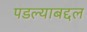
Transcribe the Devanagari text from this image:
पडल्याबद्दल